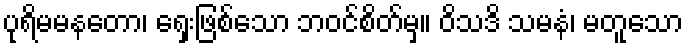
ပုရိမမနတော၊ ရှေးဖြစ်သော ဘဝင်စိတ်မှ။ ဝိသဒိ သမနံ၊ မတူသော